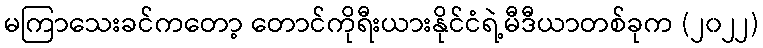
မကြာသေးခင်ကတော့ တောင်ကိုရီးယားနိုင်ငံရဲ့မီဒီယာတစ်ခုက (၂၀၂၂)